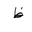
Letter: _za